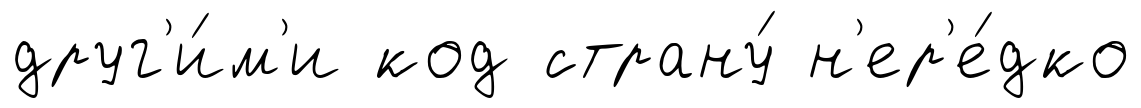
друг'и́м'и код страну́ н'ер'е́дко